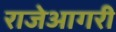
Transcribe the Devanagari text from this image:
राजेआगरी